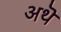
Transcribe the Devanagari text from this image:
अथॆ